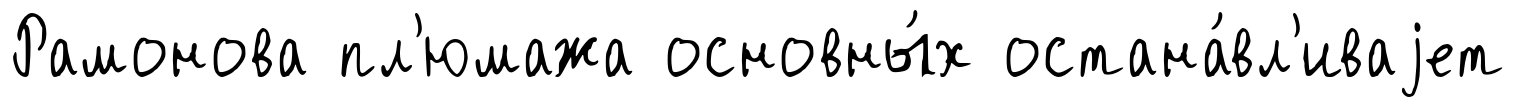
Рамонова пл'юмажа основны́х остана́вл'иваjет